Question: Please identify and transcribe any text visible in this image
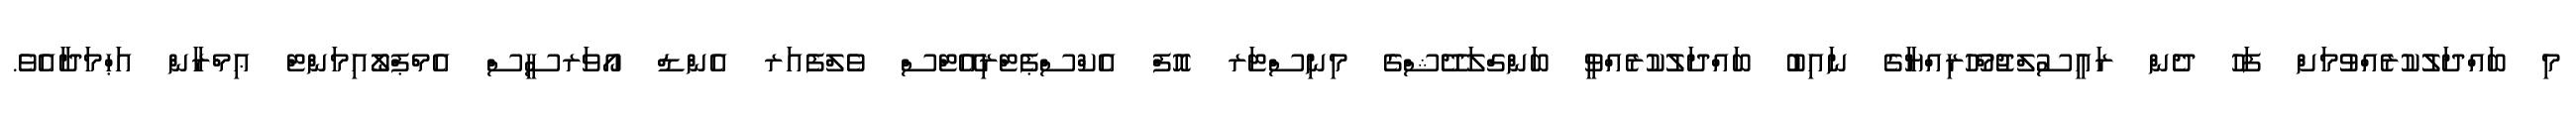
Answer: މި ބައްދަލުކުރެއްވުމަށް ފަހު ދެން ރައީސުލްޖުމްހޫރިއްޔާގެ ނައިބު ބައްދަލުކުރެއްވީ ބަންގްލަދޭޝްގެ މިނިސްޓަރ އޮފް އެކްސްޕެޓްރިއޭޓްސް ވެލްފެއަރ އެންޑް އޯވަރސީސް އެމްޕްލޯއިމަންޓް ޢިމްރާން އަޙްމަދާއެވެ.